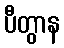
ပီတွာန